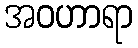
အဝဟာရာ